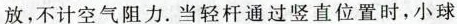
放，不计空气阻力。当轻杆通过竖直位置时，小球